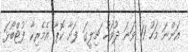
އަންނަ މަހު 11 ވަނަ ދުވަހު ޗިލީގަ ފަށާ ކޮޕާ އެމެރިކާ ފުޓްބޯޅަ